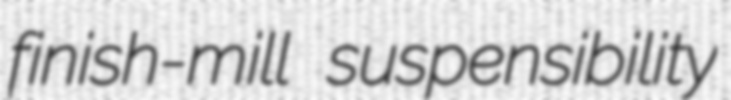
finish-mill suspensibility